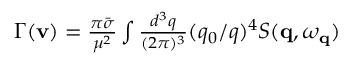
\begin{array} { r } { \Gamma ( \mathbf { v } ) = \frac { \pi \bar { \sigma } } { \mu ^ { 2 } } \int \frac { d ^ { 3 } q } { ( 2 \pi ) ^ { 3 } } ( q _ { 0 } / q ) ^ { 4 } S ( \mathbf { q } , \omega _ { \mathbf { q } } ) } \end{array}